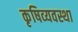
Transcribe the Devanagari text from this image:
कृषिव्‍यवस्था